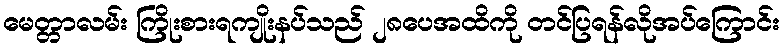
မေတ္တာလမ်း ကြိုးစားရကျိုးနပ်သည် ၂၈ပေအထိကို တင်ပြရန်လိုအပ်ကြောင်း